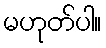
မဟုတ်ပါ။